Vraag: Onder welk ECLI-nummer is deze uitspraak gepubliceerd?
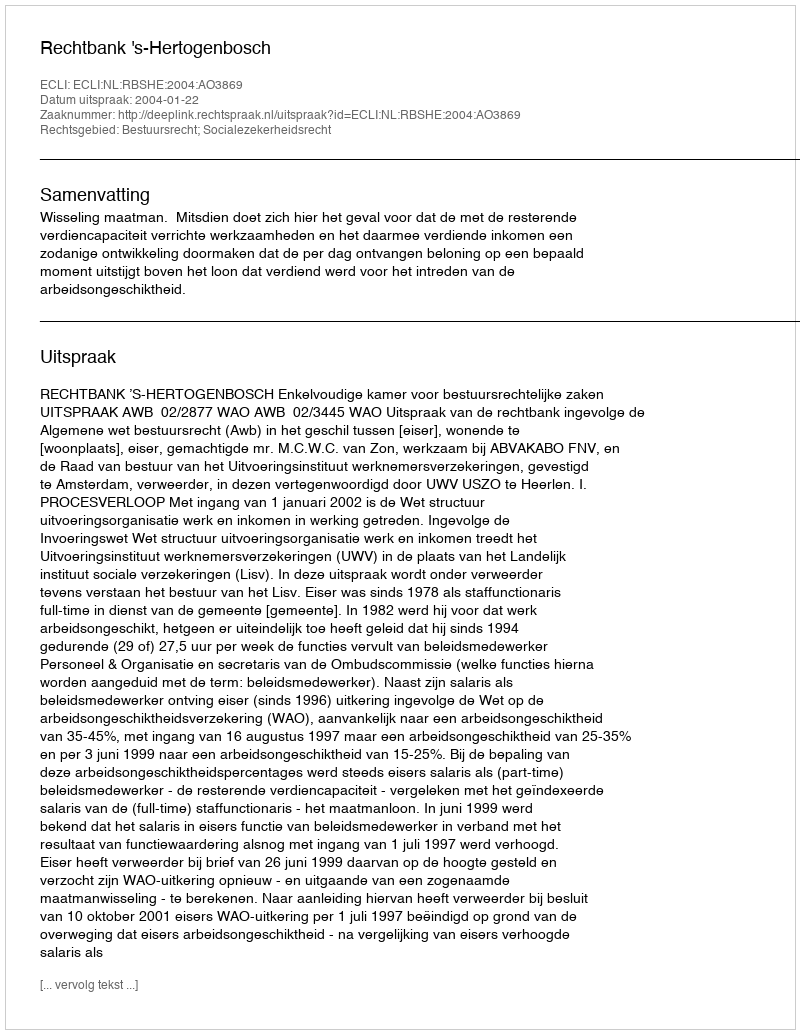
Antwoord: ECLI:NL:RBSHE:2004:AO3869